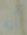
أنه